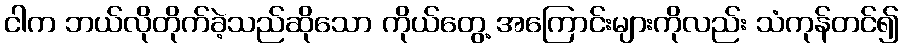
ငါက ဘယ်လိုတိုက်ခဲ့သည်ဆိုသော ကိုယ်တွေ့ အကြောင်းများကိုလည်း သံကုန်တင်၍